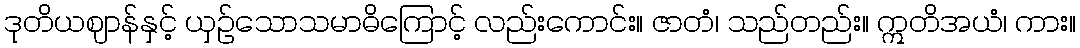
ဒုတိယဈာန်နှင့် ယှဉ်သောသမာဓိကြောင့် လည်းကောင်း။ ဇာတံ၊ သည်တည်း။ ဣတိအယံ၊ ကား။